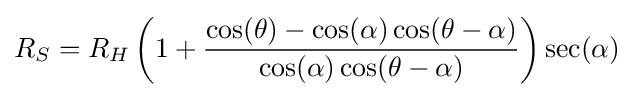
R_{S}=R_{H}\left(1+{\frac {\cos(\theta )-\cos(\alpha )\cos(\theta -\alpha )}{\cos(\alpha )\cos(\theta -\alpha )}}\right)\sec(\alpha )